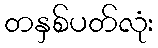
တနှစ်ပတ်လုံး